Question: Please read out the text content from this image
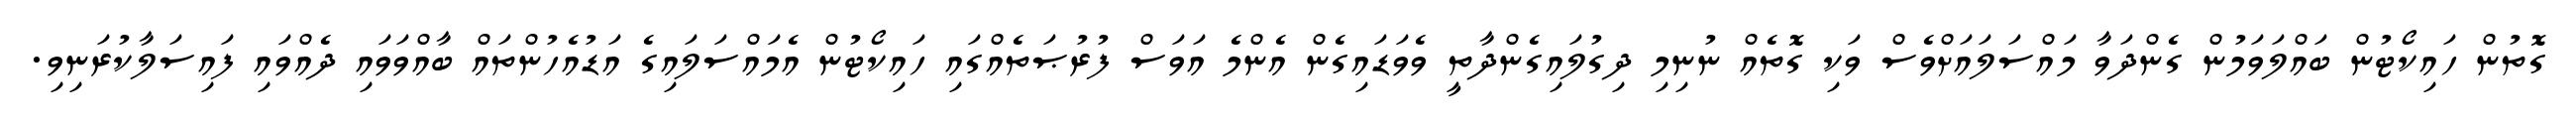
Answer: ގޮތުން ހައިކޯޓުން ބައްލަވަމުން ގެންދަވާ މައްސަލައަށްވެސް ވަކި ގޮތެއް ނުނިމި ދިގުލައިގެންދާތީ ވެވަޑައިގެން އެންމެ އަވަސް ފުރުޞަތެއްގައި ހައިކޯޓުން އެމައްސަލައިގެ އަޑުއެހުންތައް ބާއްވަވައި ދެއްވައި ފައިސަލާކުރަނިވި.